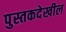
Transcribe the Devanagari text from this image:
पुस्तकदेखील